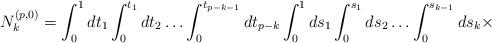
LaTeX: \begin{align*}N_{k}^{(p , 0)} = \int_{0}^{1}dt_{1}\int_{0}^{t_{1}}dt_{2} \ldots\int_{0}^{t_{p - k -1}}dt_{p - k}\int_{0}^{1}ds_{1}\int_{0}^{s_{1}}ds_{2}\ldots \int_{0}^{s_{k - 1}}ds_{k}\times\end{align*}